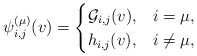
\begin{align*} \psi_{i,j}^{(\mu)}(v)=\begin{cases}\mathcal{G}_{i,j}(v), & i=\mu, \\ h_{i,j}(v), & i\neq \mu, \end{cases}\end{align*}